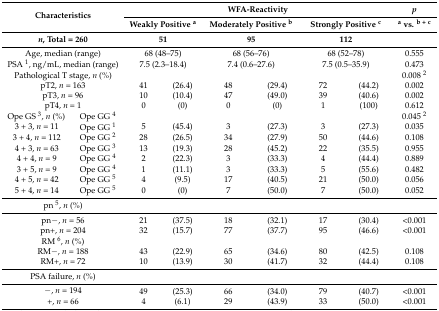
<table><thead><tr><td rowspan="2" colspan="2"><b>Characteristics</b></td><td colspan="6"><b>WFA-Reactivity</b></td><td><b><i>p</i></b></td></tr><tr><td colspan="2"><b>Weakly Positive <sup>a</sup></b></td><td colspan="2"><b>Moderately Positive <sup>b</sup></b></td><td colspan="2"><b>Strongly Positive <sup>c</sup></b></td><td><b><sup>a</sup> vs. <sup>b + c</sup></b></td></tr><tr><td colspan="2"><b><i>n</i>, Total = 260</b></td><td colspan="2"><b>51</b></td><td colspan="2"><b>95</b></td><td colspan="2"><b>112</b></td><td></td></tr></thead><tbody><tr><td colspan="2">Age, median (range)</td><td colspan="2">68 (48–75)</td><td colspan="2">68 (56–76)</td><td colspan="2">68 (52–78)</td><td>0.555</td></tr><tr><td colspan="2">PSA <sup>1</sup>, ng/mL, median (range)</td><td colspan="2">7.5 (2.3–18.4)</td><td colspan="2">7.4 (0.6–27.6)</td><td colspan="2">7.5 (0.5–35.9)</td><td>0.473</td></tr><tr><td colspan="2">Pathological T stage, <i>n</i> (%)</td><td></td><td></td><td></td><td></td><td></td><td></td><td>0.008 <sup>2</sup></td></tr><tr><td colspan="2">pT2, <i>n</i> = 163</td><td>41</td><td>(26.4)</td><td>48</td><td>(29.4)</td><td>72</td><td>(44.2)</td><td>0.002</td></tr><tr><td colspan="2">pT3, <i>n</i> = 96</td><td>10</td><td>(10.4)</td><td>47</td><td>(49.0)</td><td>39</td><td>(40.6)</td><td>0.002</td></tr><tr><td colspan="2">pT4, <i>n</i> = 1</td><td>0</td><td>(0)</td><td>0</td><td>(0)</td><td>1</td><td>(100)</td><td>0.612</td></tr><tr><td>Ope GS <sup>3</sup>, <i>n</i> (%)</td><td>Ope GG <sup>4</sup></td><td></td><td></td><td></td><td></td><td></td><td></td><td>0.045 <sup>2</sup></td></tr><tr><td>3 + 3, <i>n</i> = 11</td><td>Ope GG <sup>1</sup></td><td>5</td><td>(45.4)</td><td>3</td><td>(27.3)</td><td>3</td><td>(27.3)</td><td>0.035</td></tr><tr><td>3 + 4, <i>n</i> = 112</td><td>Ope GG <sup>2</sup></td><td>28</td><td>(26.5)</td><td>34</td><td>(27.9)</td><td>50</td><td>(44.6)</td><td>0.108</td></tr><tr><td>4 + 3, <i>n</i> = 63</td><td>Ope GG <sup>3</sup></td><td>13</td><td>(19.3)</td><td>28</td><td>(45.2)</td><td>22</td><td>(35.5)</td><td>0.955</td></tr><tr><td>4 + 4, <i>n</i> = 9</td><td>Ope GG <sup>4</sup></td><td>2</td><td>(22.3)</td><td>3</td><td>(33.3)</td><td>4</td><td>(44.4)</td><td>0.889</td></tr><tr><td>3 + 5, <i>n</i> = 9</td><td>Ope GG <sup>4</sup></td><td>1</td><td>(11.1)</td><td>3</td><td>(33.3)</td><td>5</td><td>(55.6)</td><td>0.482</td></tr><tr><td>4 + 5, <i>n</i> = 42</td><td>Ope GG <sup>5</sup></td><td>4</td><td>(9.5)</td><td>17</td><td>(40.5)</td><td>21</td><td>(50.0)</td><td>0.056</td></tr><tr><td>5 + 4, <i>n</i> = 14</td><td>Ope GG <sup>5</sup></td><td>0</td><td>(0)</td><td>7</td><td>(50.0)</td><td>7</td><td>(50.0)</td><td>0.052</td></tr><tr><td colspan="2">pn <sup>5</sup>, <i>n</i> (%)</td><td></td><td></td><td></td><td></td><td></td><td></td><td></td></tr><tr><td colspan="2">pn−, <i>n</i> = 56</td><td>21</td><td>(37.5)</td><td>18</td><td>(32.1)</td><td>17</td><td>(30.4)</td><td>&lt;0.001</td></tr><tr><td colspan="2">pn+, <i>n</i> = 204</td><td>32</td><td>(15.7)</td><td>77</td><td>(37.7)</td><td>95</td><td>(46.6)</td><td>&lt;0.001</td></tr><tr><td colspan="2">RM <sup>6</sup>, <i>n</i> (%)</td><td></td><td></td><td></td><td></td><td></td><td></td><td></td></tr><tr><td colspan="2">RM−, <i>n</i> = 188</td><td>43</td><td>(22.9)</td><td>65</td><td>(34.6)</td><td>80</td><td>(42.5)</td><td>0.108</td></tr><tr><td colspan="2">RM+, <i>n</i> = 72</td><td>10</td><td>(13.9)</td><td>30</td><td>(41.7)</td><td>32</td><td>(44.4)</td><td>0.108</td></tr><tr><td colspan="2">PSA failure, <i>n</i> (%)</td><td></td><td></td><td></td><td></td><td></td><td></td><td></td></tr><tr><td colspan="2">−, <i>n</i> = 194</td><td>49</td><td>(25.3)</td><td>66</td><td>(34.0)</td><td>79</td><td>(40.7)</td><td>&lt;0.001</td></tr><tr><td colspan="2">+, <i>n</i> = 66</td><td>4</td><td>(6.1)</td><td>29</td><td>(43.9)</td><td>33</td><td>(50.0)</td><td>&lt;0.001</td></tr></tbody></table>